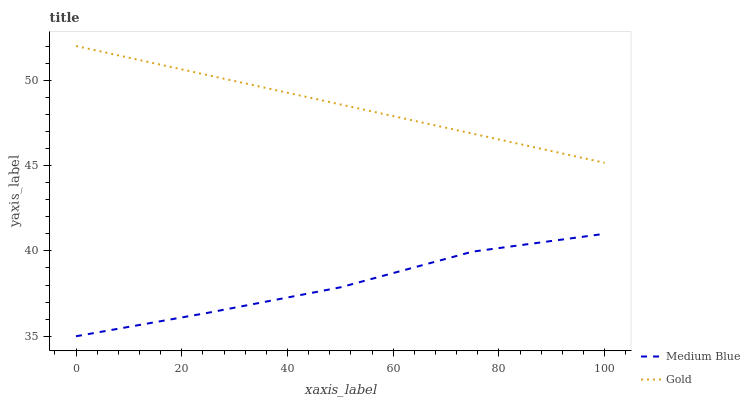
| xaxis_label | Medium Blue | Gold |
 | --- | --- | --- |
 | 0 | 35 | 52 |
 | 25 | 36.4 | 50.3 |
 | 50 | 37.9 | 48.6 |
 | 75 | 40 | 46.9 |
 | 100 | 41 | 45.2 |